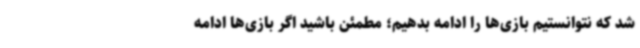
شد که نتوانستیم بازی‌ها را ادامه بدهیم؛ مطمئن باشید اگر بازی‌ها ادامه